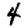
Digit: 4